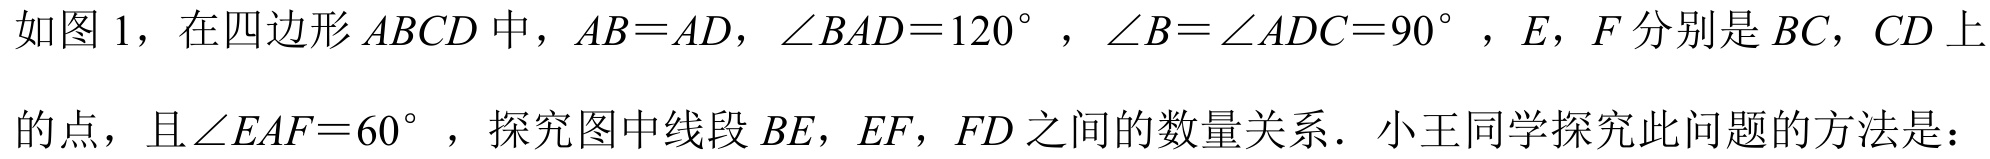
如图 1，在四边形$ABCD$中，$AB = AD$，$\angle BAD = 120^{\circ}$，$\angle B=\angle ADC = 90^{\circ}$，$E$，$F$分别是$BC$，$CD$上
的点，且$\angle EAF = 60^{\circ}$，探究图中线段$BE$，$EF$，$FD$之间的数量关系．小王同学探究此问题的方法是：